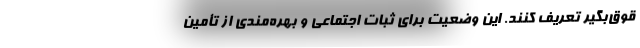
قوق‌بگیر تعریف کنند. این وضعیت برای ثبات اجتماعی و بهره‌مندی از تأمین